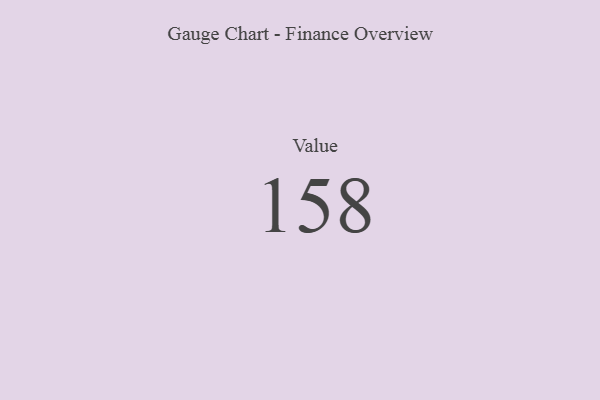
{"axis": {"x": "Metric", "y": "Value"}, "legend": [""], "data": [{"x": "Value", "y": 158, "type": ""}]}